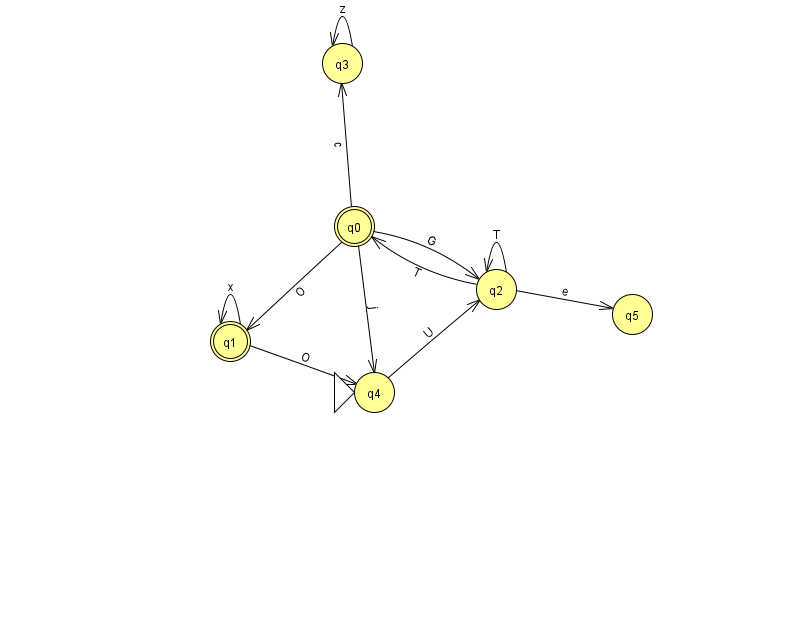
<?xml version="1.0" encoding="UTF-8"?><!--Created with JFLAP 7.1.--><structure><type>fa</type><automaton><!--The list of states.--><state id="0" name="q0"><x>354.0</x><y>213.0</y><final/></state><state id="1" name="q1"><x>230.0</x><y>328.0</y><final/></state><state id="2" name="q2"><x>496.0</x><y>276.0</y></state><state id="3" name="q3"><x>342.0</x><y>50.0</y></state><state id="4" name="q4"><x>374.0</x><y>379.0</y><initial/></state><state id="5" name="q5"><x>632.0</x><y>301.0</y></state><!--The list of transitions.--><transition><from>0</from><to>2</to><read>G</read></transition><transition><from>2</from><to>2</to><read>T</read></transition><transition><from>2</from><to>5</to><read>e</read></transition><transition><from>4</from><to>2</to><read>U</read></transition><transition><from>0</from><to>1</to><read>O</read></transition><transition><from>1</from><to>4</to><read>O</read></transition><transition><from>2</from><to>0</to><read>T</read></transition><transition><from>0</from><to>4</to><read>j</read></transition><transition><from>1</from><to>1</to><read>x</read></transition><transition><from>3</from><to>3</to><read>z</read></transition><transition><from>0</from><to>3</to><read>c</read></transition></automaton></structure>